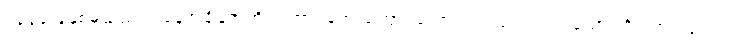
၁၃၃၃ ခုနှစ်မှသည် ယနေ့အချိန်အထိ သဘာဝဘေးကြောင့်သော်လည်းကောင်း၊ လူသားတို့ရဲ့ကျူးကျော်